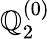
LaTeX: \mathbb{Q}_{2}^{(0)}